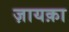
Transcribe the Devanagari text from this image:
ज़ायक़ा